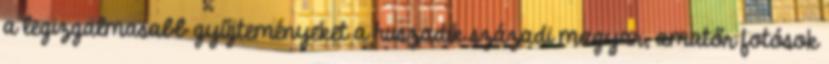
a legizgalmasabb gyűjteményeket a huszadik századi magyar, amatőr fotósok